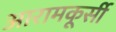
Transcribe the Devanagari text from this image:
आरामकूर्सी